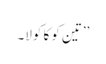
’’تین کوکا کولا۔